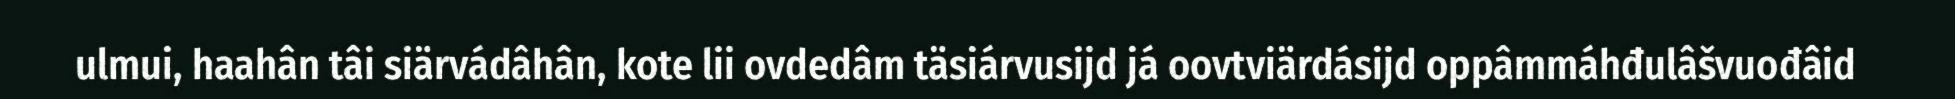
ulmui, haahân tâi siärvádâhân, kote lii ovdedâm täsiárvusijd já oovtviärdásijd oppâmmáhđulâšvuođâid